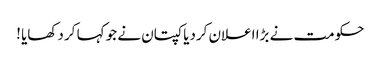
حکومت نے بڑا اعلان کردیا کپتان نے جو کہا کر دکھایا !